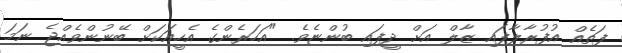
ފަތެއް އުފުރާލާފައި ޒާލް އަށް ދީފައި ބުންޏެވެ. "އަހަރެންގެ އެހީއަކަށް ބޭނުންވެއްޖެ ނަމަ